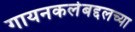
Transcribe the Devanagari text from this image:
गायनकलेबद्दलच्या